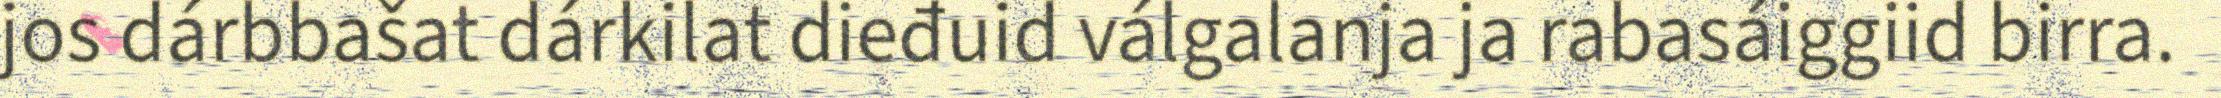
jos dárbbašat dárkilat dieđuid válgalanja ja rabasáiggiid birra.